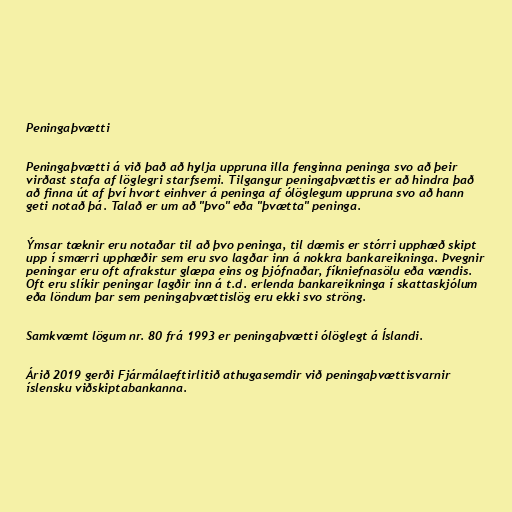
Peningaþvætti

Peningaþvætti á við það að hylja uppruna illa fenginna peninga svo að þeir
virðast stafa af löglegri starfsemi. Tilgangur peningaþvættis er að hindra það
að finna út af því hvort einhver á peninga af ólöglegum uppruna svo að hann
geti notað þá. Talað er um að "þvo" eða "þvætta" peninga.

Ýmsar tæknir eru notaðar til að þvo peninga, til dæmis er stórri upphæð skipt
upp í smærri upphæðir sem eru svo lagðar inn á nokkra bankareikninga. Þvegnir
peningar eru oft afrakstur glæpa eins og þjófnaðar, fíkniefnasölu eða vændis.
Oft eru slíkir peningar lagðir inn á t.d. erlenda bankareikninga í skattaskjólum
eða löndum þar sem peningaþvættislög eru ekki svo ströng.

Samkvæmt lögum nr. 80 frá 1993 er peningaþvætti ólöglegt á Íslandi.

Árið 2019 gerði Fjármálaeftirlitið athugasemdir við peningaþvættisvarnir
íslensku viðskiptabankanna.